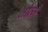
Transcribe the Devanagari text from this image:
तीत्ज़े